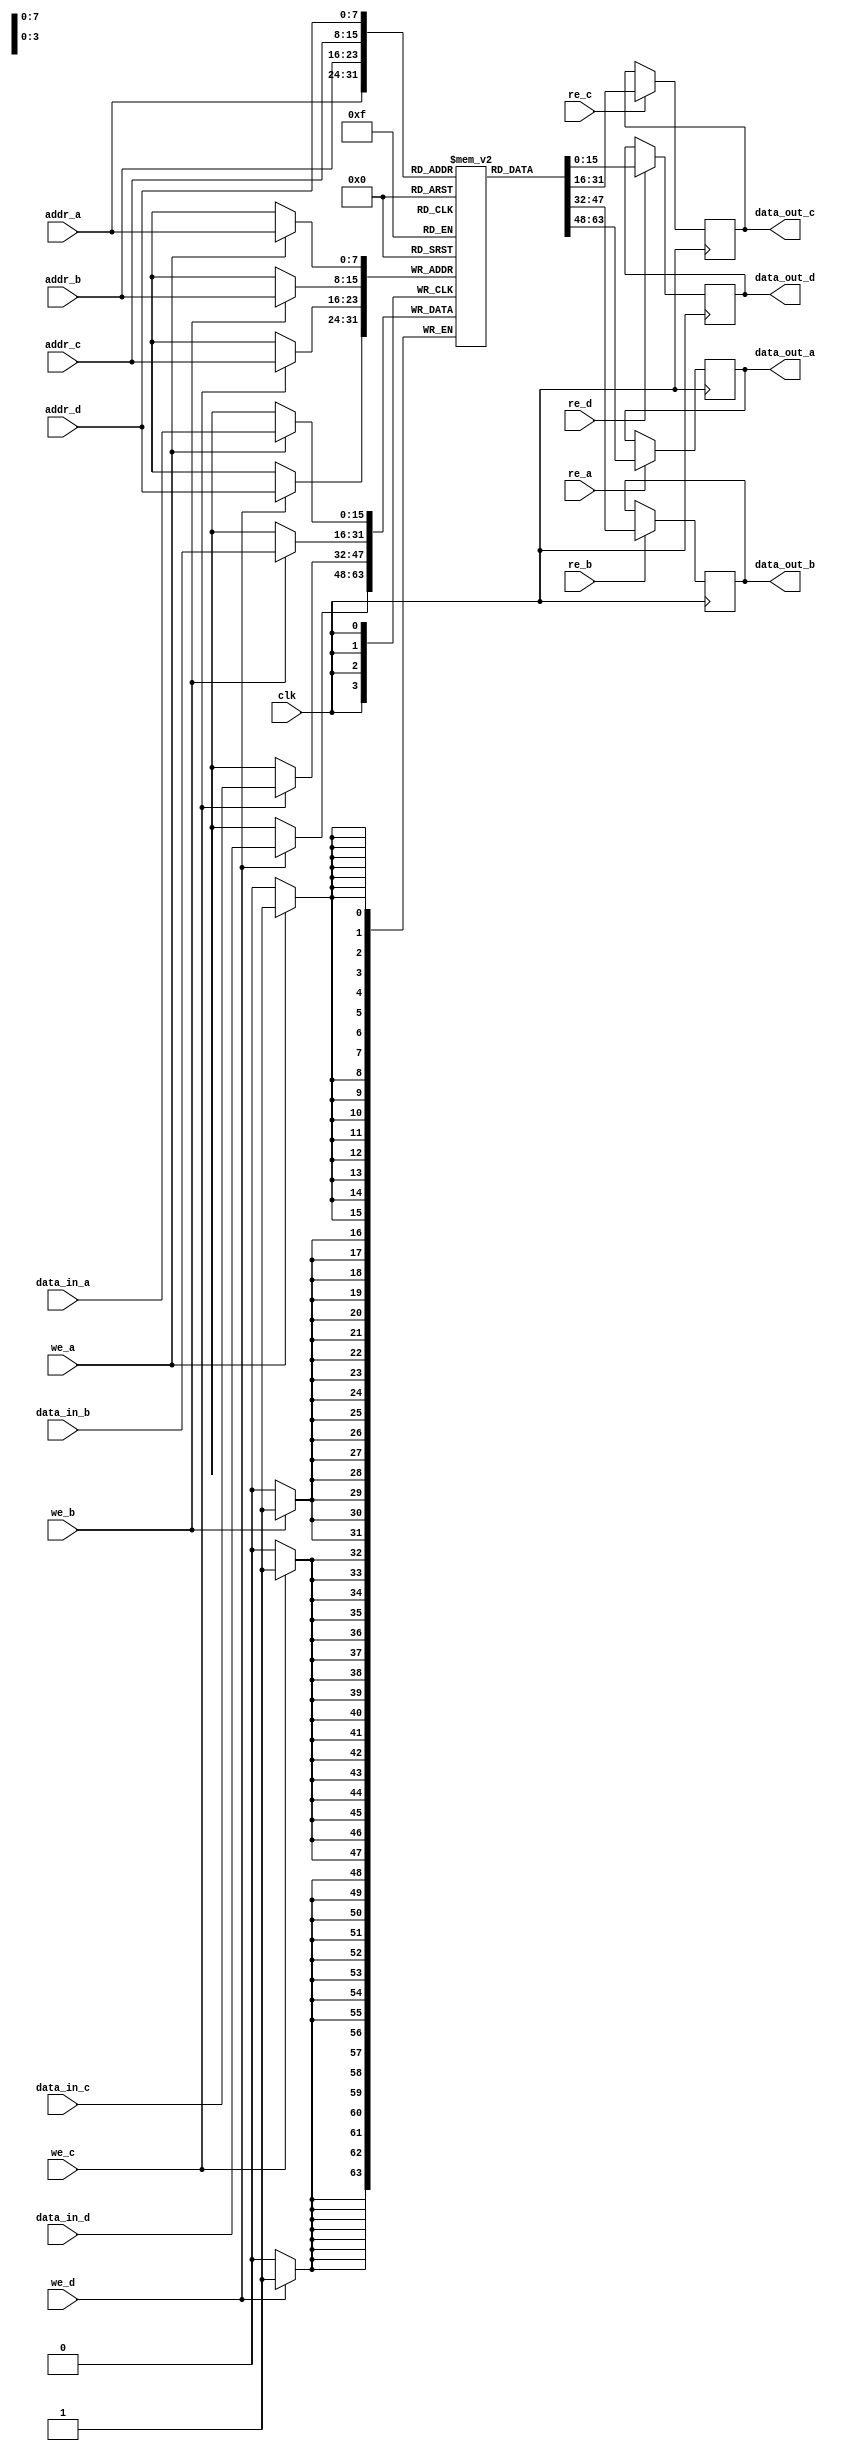
module quad_port_ram #(
    parameter N = 8, // Address width
    parameter M = 16  // Data width
)(
    input wire clk,
    
    // Port A
    input wire we_a,          // Write enable for Port A
    input wire re_a,          // Read enable for Port A
    input wire [N-1:0] addr_a, // Address for Port A
    input wire [M-1:0] data_in_a, // Data input for Port A
    output reg [M-1:0] data_out_a, // Data output for Port A

    // Port B
    input wire we_b,          // Write enable for Port B
    input wire re_b,          // Read enable for Port B
    input wire [N-1:0] addr_b, // Address for Port B
    input wire [M-1:0] data_in_b, // Data input for Port B
    output reg [M-1:0] data_out_b, // Data output for Port B

    // Port C
    input wire we_c,          // Write enable for Port C
    input wire re_c,          // Read enable for Port C
    input wire [N-1:0] addr_c, // Address for Port C
    input wire [M-1:0] data_in_c, // Data input for Port C
    output reg [M-1:0] data_out_c, // Data output for Port C

    // Port D
    input wire we_d,          // Write enable for Port D
    input wire re_d,          // Read enable for Port D
    input wire [N-1:0] addr_d, // Address for Port D
    input wire [M-1:0] data_in_d, // Data input for Port D
    output reg [M-1:0] data_out_d  // Data output for Port D
);

    // Memory array declaration
    reg [M-1:0] memory [(1<<N)-1:0];

    // Always block for writing and reading
    always @(posedge clk) begin
        // Handle writes
        if (we_a) memory[addr_a] <= data_in_a;
        if (we_b) memory[addr_b] <= data_in_b;
        if (we_c) memory[addr_c] <= data_in_c;
        if (we_d) memory[addr_d] <= data_in_d;

        // Handle reads
        if (re_a) data_out_a <= memory[addr_a]; // Read data for Port A
        if (re_b) data_out_b <= memory[addr_b]; // Read data for Port B
        if (re_c) data_out_c <= memory[addr_c]; // Read data for Port C
        if (re_d) data_out_d <= memory[addr_d]; // Read data for Port D
    end

endmodule